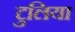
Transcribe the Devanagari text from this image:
टुलिया